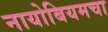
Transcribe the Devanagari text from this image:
नायोबियमचा